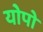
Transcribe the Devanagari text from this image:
योपो